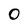
Character: 0